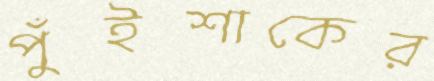
পুঁইশাকের